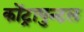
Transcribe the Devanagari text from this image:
कोंट्रापुन्टल